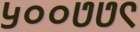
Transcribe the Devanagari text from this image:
५००७७९